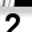
Digit: 2